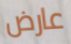
عارض